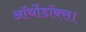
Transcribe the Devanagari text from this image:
ऑर्थोडॉक्स।